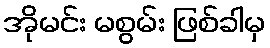
အိုမင်း မစွမ်း ဖြစ်ခါမှ